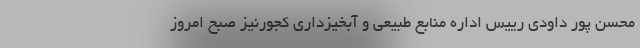
محسن پور داودی رییس اداره منابع طبیعی و آبخیزداری کجورنیز صبح امروز